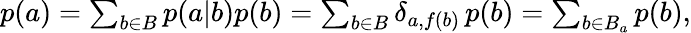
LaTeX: \begin{array}{r}{p(a)=\sum_{b\in B}p(a|b)p(b)=\sum_{b\in B}\delta_{a,f(b)}\, p(b)=\sum_{b\in B_{a}}p(b),}\end{array}